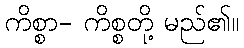
ကိစ္စာ- ကိစ္စတို့ မည်၏။